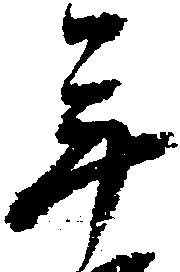
年